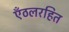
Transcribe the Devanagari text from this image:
एँठलरहित